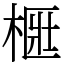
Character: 㮜